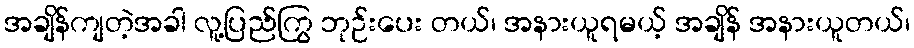
အချိန်ကျတဲ့အခါ လူ့ပြည်ကြွ ဘုဉ်းပေး တယ်၊ အနားယူရမယ့် အချိန် အနားယူတယ်၊